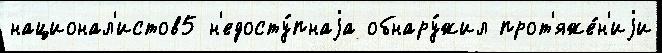
национал'истов5 н'едосту́пнаjа обнару́жил прот'яже́н'иjи